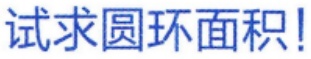
试求圆环面积!